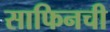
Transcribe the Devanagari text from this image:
साफिनची